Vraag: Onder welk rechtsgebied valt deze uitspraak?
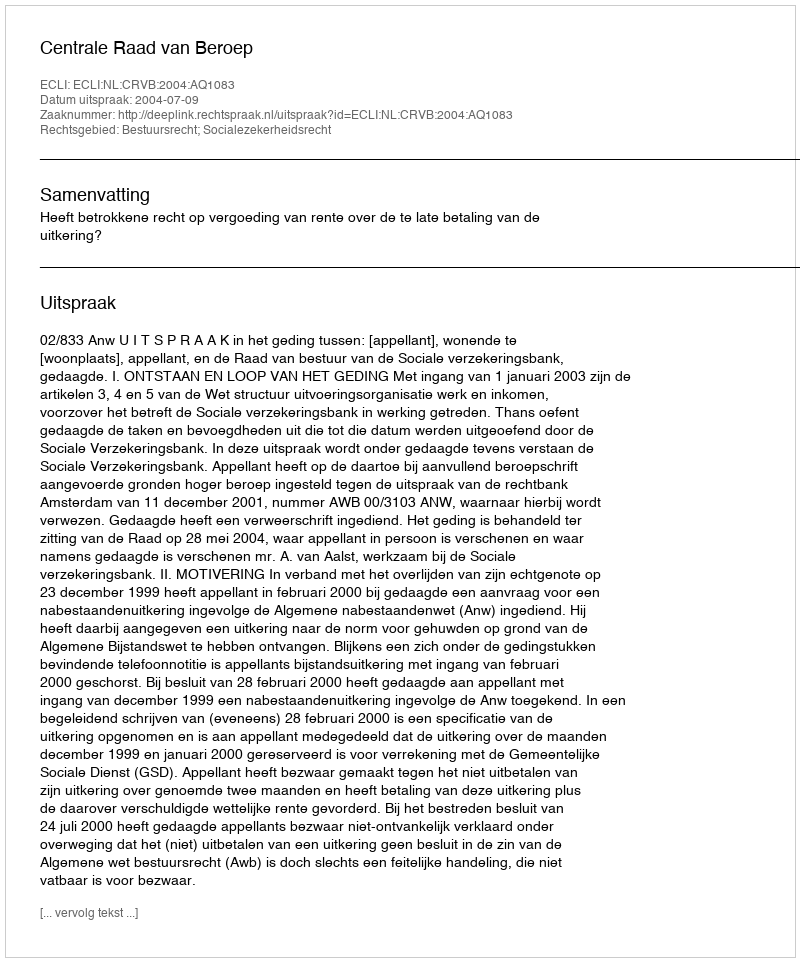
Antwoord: Bestuursrecht; Socialezekerheidsrecht